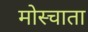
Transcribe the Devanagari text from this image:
मोस्चाता